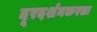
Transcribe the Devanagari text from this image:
दूरदर्शनकरता